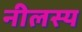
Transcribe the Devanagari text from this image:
नीलस्य